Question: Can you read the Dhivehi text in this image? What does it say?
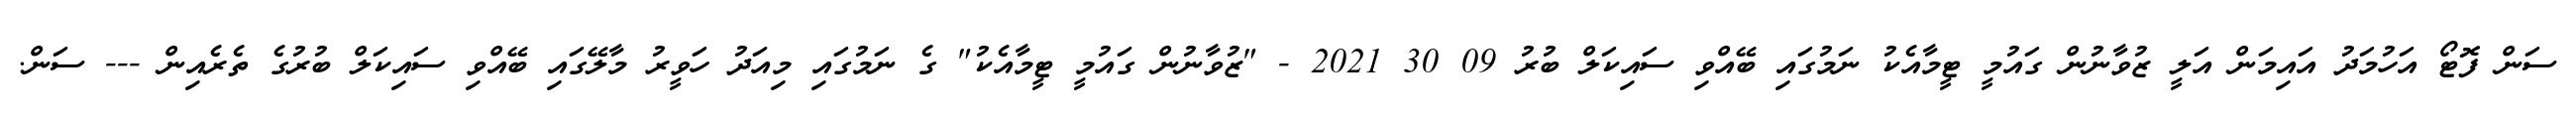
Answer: ސަން ފޮޓޯ އަހުމަދު އައިމަން އަލީ ޒުވާނުން ގައުމީ ޓީމާއެކު ނަމުގައި ބޭއްވި ސައިކަލް ބުރު 09 30 2021 - "ޒުވާނުން ގައުމީ ޓީމާއެކު" ގެ ނަމުގައި މިއަދު ހަވީރު މާލޭގައި ބޭއްވި ސައިކަލް ބުރުގެ ތެރެއިން --- ސަން.